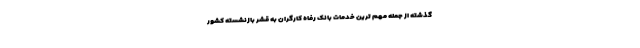
گذشته از جمله مهم ترین خدمات بانک رفاه کارگران به قشر بازنشسته کشور